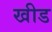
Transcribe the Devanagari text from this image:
खीड